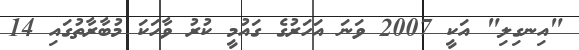
"އިނގިލި" އަކީ 2007 ވަނަ އަހަރުގެ ގައުމީ ކުރު ވާހަކަ މުބާރާތުގައި 14